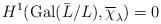
LaTeX: \begin{align*}H^1(\mathrm{Gal}(\bar{L}/L),\overline{\chi}_\lambda) = 0\end{align*}